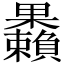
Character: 𣡚